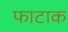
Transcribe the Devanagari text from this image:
फाटाक